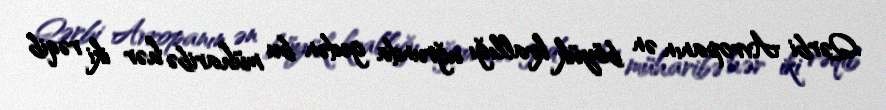
Qərbi Avropanın ən böyük krallığı uğrunda gedən bu müharibə hər iki rəqib